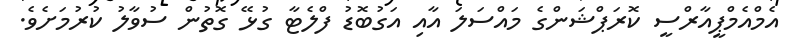
އެމްއެމްޕީއާރްސީ ކޮރަޕްޝަންގެ މައްސަލަ އާއި އަގުބޮޑު ފްލެޓާ ގުޅޭ ގޮތުން ސުވާލު ކުރުމަށެވެ.